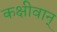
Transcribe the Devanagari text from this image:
कक्षीवान्